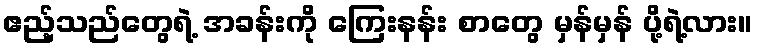
ဧည့်သည်တွေရဲ့ အခန်းကို ကြေးနန်း စာတွေ မှန်မှန် ပို့ရဲ့လား။